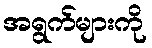
အရွက်များကို